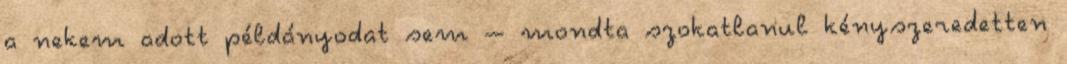
a nekem adott példányodat sem – mondta szokat­la­nul kény­­sze­re­detten